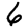
Digit: 6